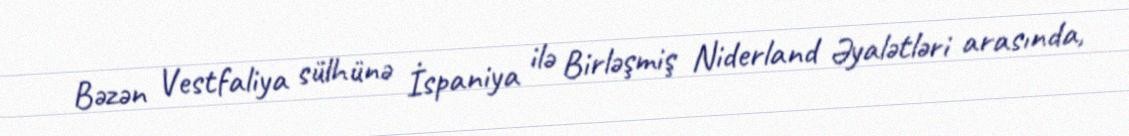
Bəzən Vestfaliya sülhünə İspaniya ilə Birləşmiş Niderland Əyalətləri arasında,